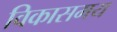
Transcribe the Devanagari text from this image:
विकासमय